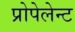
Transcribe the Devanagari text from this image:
प्रोपेलेन्ट